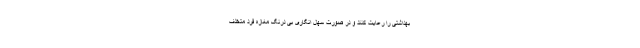
بهداشتی را رعایت کنند و در صورت سهل انگاری بی درنگ مغازه فرد متخلف